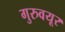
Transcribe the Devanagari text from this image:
गुरुवयूर